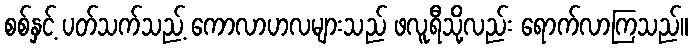
စစ်နှင့် ပတ်သက်သည့် ကောလာဟလများသည် ဖလူရီသို့လည်း ရောက်လာကြသည်။